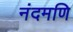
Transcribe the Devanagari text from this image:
नंदमणि